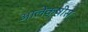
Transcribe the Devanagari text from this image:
आलेक्षीस